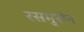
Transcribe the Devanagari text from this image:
रसमुसेन